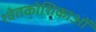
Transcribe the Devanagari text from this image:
श्वेतकोशिकाओं